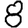
Digit: 8